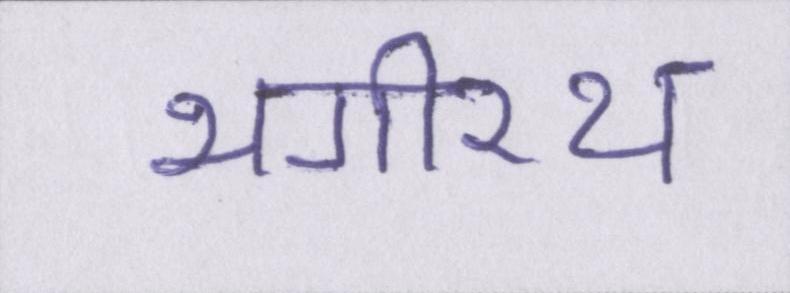
भगीरथ